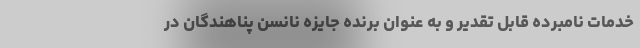
خدمات نامبرده قابل تقدیر و به عنوان برنده جایزه نانسن پناهندگان در